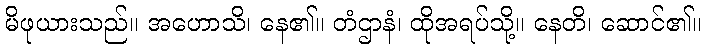
မိဖုယားသည်။ အဟောသိ၊ နေ၏။ တံဌာနံ၊ ထိုအရပ်သို့။ နေတိ၊ ဆောင်၏။